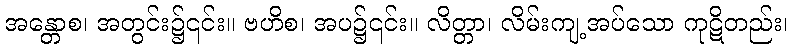
အန္တောစ၊ အတွင်း၌၎င်း။ ဗဟိစ၊ အပ၌၎င်း။ လိတ္တာ၊ လိမ်းကျ့အပ်သော ကုဋိတည်း၊